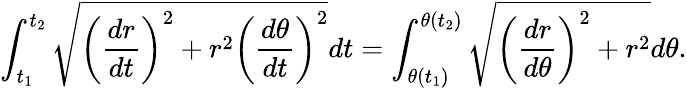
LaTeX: \int_{t_{1}}^{t_{2}}{\sqrt{\left({\frac{dr}{dt}}\right)^{2}+r^{2}\left({\frac{d\theta}{dt}}\right)^{2}}}dt=\int_{\theta(t_{1})}^{\theta(t_{2})}{\sqrt{\left({\frac{dr}{d\theta}}\right)^{2}+r^{2}}}d\theta.